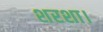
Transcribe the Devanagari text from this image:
शरशा।